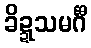
ခိဍ္ဍသမင်္ဂီ